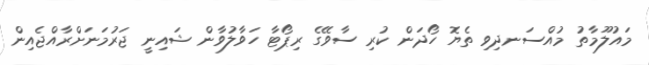
މައުލޫމާތު މުއްސަނދިވި ތެޔޮ ހޯދަން ކުރި ސާވޭގެ ރިޕޯޓާ ހަވާލުވާން ޝައިނީ ޖަރުމަނަށްރާއްޖެއިން